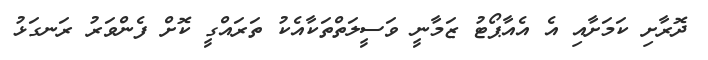
ދޮރާށި ކަމަށާއި އެ އެއާޕޯޓު ޒަމާނީ ވަސީލަތްތަކާއެކު ތަރައްގީ ކޮށް ފެންވަރު ރަނގަޅު